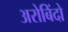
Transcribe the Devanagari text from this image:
अरोबिंदो